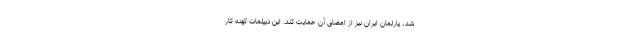
شد، پارلمان ایران نیز از امضای آن حمایت کند. این دیپلمات کهنه کار